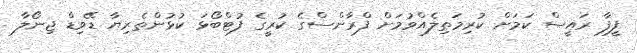
ފީފާ ރައީސް ކަމަށް ކުރިމަތިލެއްވުމަށް ފްރާންސްގެ ކުރީގެ ފުޓްބޯޅަ ކުޅުންތެރިޔާ ޑޭވިޑް ޖިނޯލާ